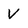
Character: V